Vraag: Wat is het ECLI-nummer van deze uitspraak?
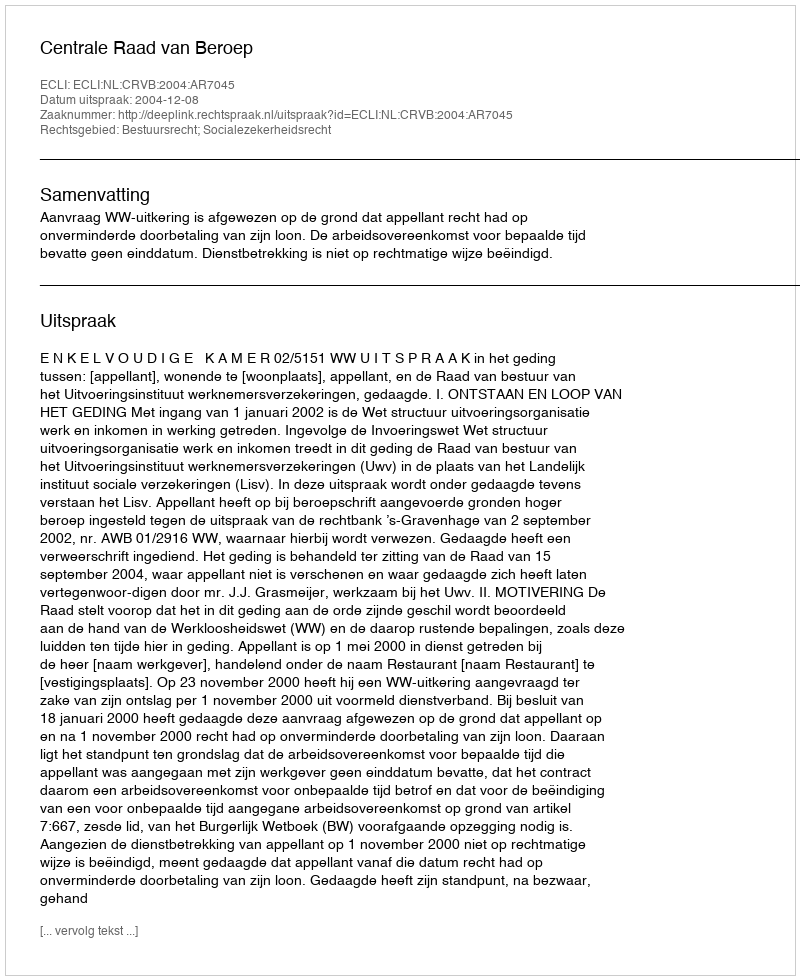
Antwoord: ECLI:NL:CRVB:2004:AR7045